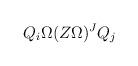
LaTeX: \begin{align*}Q_i \Omega(Z\Omega)^J Q_j \end{align*}